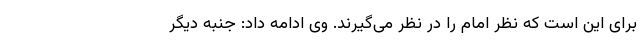
برای این است که نظر امام را در نظر می‌گیرند. وی ادامه داد: جنبه دیگر